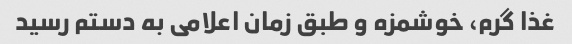
غذا گرم، خوشمزه و طبق زمان اعلامی به دستم رسید